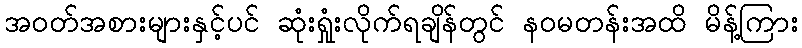
အဝတ်အစားများနှင့်ပင် ဆုံးရှုံးလိုက်ရချိန်တွင် နဝမတန်းအထိ မိန့်ကြား